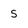
Character: 5